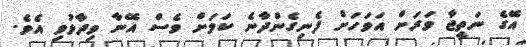
އޭގެ ނަތީޖާ ވަރަށް އަވަހަށް ފެނިގެންދާނެ ކަމަށް ވެސް އޭނާ ވިދާޅުވި އެވެ.